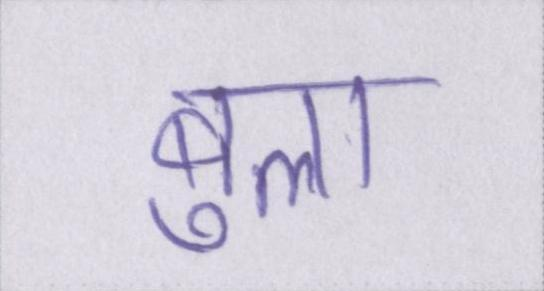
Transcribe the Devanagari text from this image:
बुला